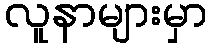
လူနာများမှာ